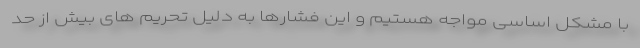
با مشکل اساسی مواجه هستیم و این فشارها به دلیل تحریم های بیش از حد